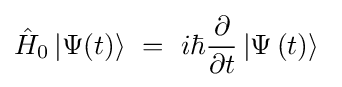
{\hat {H}}_{0}\left|\Psi (t)\right\rangle \ =\ i\hbar {\frac {\partial }{\partial t}}\left|\Psi \left(t\right)\right\rangle \